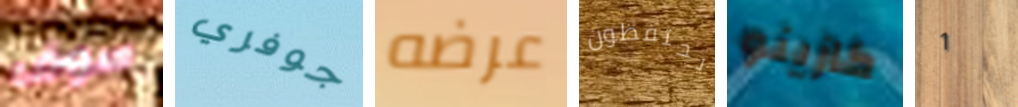
سوف جوفري عرضه يحتفظون كازينو 1